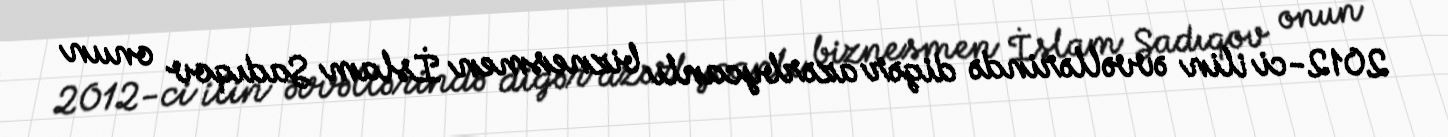
2012-ci ilin əvvəllərində digər azərbycanlı biznesmen İslam Sadıqov onun